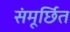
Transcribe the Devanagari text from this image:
संमूर्छित